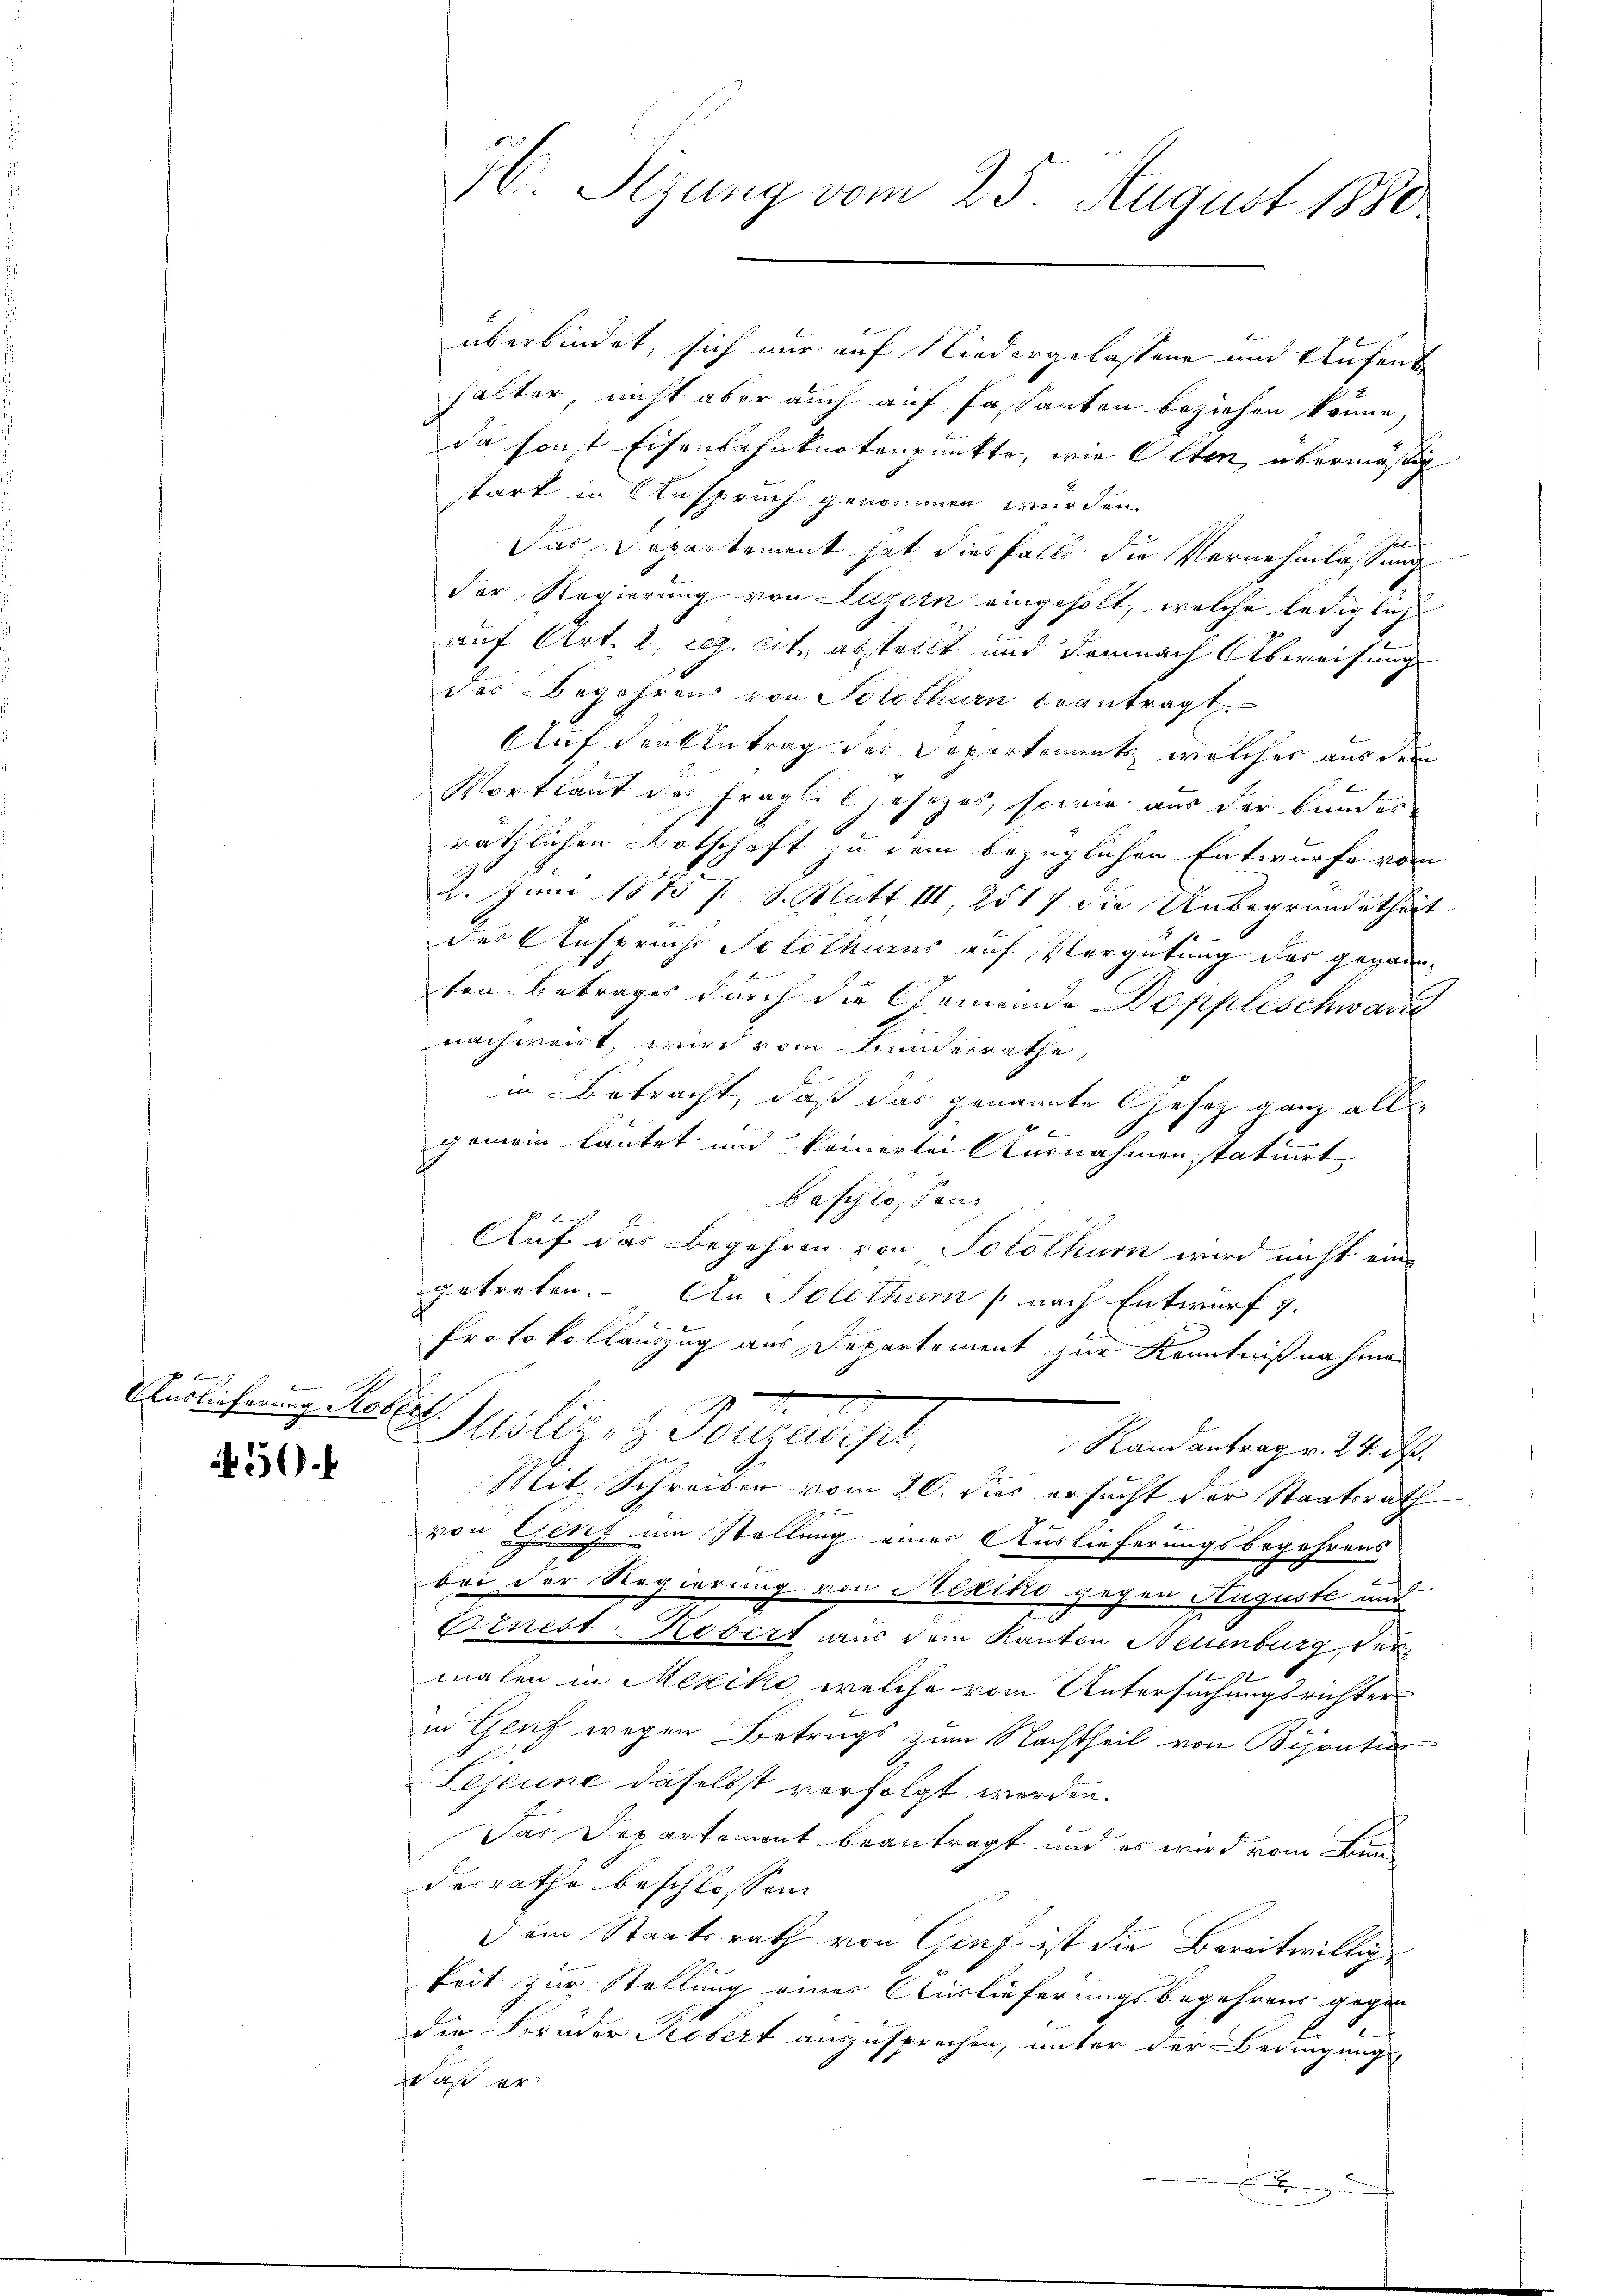
Auslieferung Robers

450.

16. Sezung vom 25. August 1880

überbindet, sich nur auf Niedergelassene und Aufent
halter, nicht aber auch auf Fassanten beziehen könne,
da sonst Eisenbahnknotenpunkte, wie Olten, übermäßig
stark in Ansprach genommen wurden.
Das Departement hat diesfalls die Vernehmlassung
der Regierung von Luzern eingeholt, welche ledigliche
auf Art. 2, rez. cit. abstellt und demnach Abweisung
des Begehrens von Solothurn beantragt.
Auf den Antrag des Departements, welcher aus dem
Portlaut des fragli Gesetzes, sowie aus der Bundes
räthlichen Botschaft zu dem bezüglichen Entwurfe von
2. Juni 1875 / S. Matt III, 2517 die Unbegründetheit
der Anspruch Solothurns auf Vergütung des geganne
ten. Betrages durch die Gemeinde Doppleschwarze
nachweist, wird vom Bundesrathe,
in Betracht, daß das genannte Gesetz ganz all
.
gemein lautet und keinerlei Ausnahmen statuirt
beschlossen:
Auf das Begehren von Solothurn wird nicht ein
getreten. An Solothurn (nach Entwurf 7.
Protokollauszug aus Departement zur Kenntnißnahmen
(
Justitel Tonzeris
Randantrag v. 24. ds.
Mit Schreiben vom 20. dies ersucht der Staatsrath
von Genf um Stellung einer Auslieferungsbegehrens
bei der Regierung von Mexiko gegen Auguste und
Ornest-Kobert aus dem Kanton Neuenburg der
malen in Mexiko, welche vom Untersuchungsrichter
in Genf wegen Betrugs zum Nachtheil von Bijoutier
Lejeune daselbst verfolgt worden.
Das Departement beantragt und es wird vom Bun
desrathe beschlossen
Dem Staatsrath von Genf ist die Bereitwillige
keit zur Stellung eines Auslieferungsbegehrens gegen
die Bruder Robert auszusprechen, unter der Bedingung
daß er
.